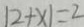
\vert 2 + x \vert = 2